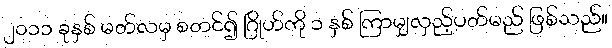
၂၀၁၁ ခုနှစ် မတ်လမှ စတင်၍ ဂြိုဟ်ကို ၁ နှစ် ကြာမျှလှည့်ပတ်မည် ဖြစ်သည်။